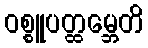
ဝစ္စူပတ္ထမ္ဘေတိ